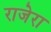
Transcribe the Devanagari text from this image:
राजेरा